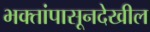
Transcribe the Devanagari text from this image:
भक्तांपासूनदेखील